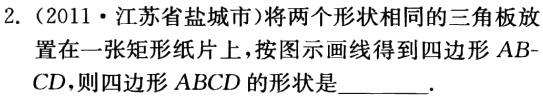
2.（2011·江苏省盐城市）将两个形状相同的三角板放置在一张矩形纸片上，按图示画线得到四边形\(AB - CD\)，则四边形\(ABCD\)的形状是  .